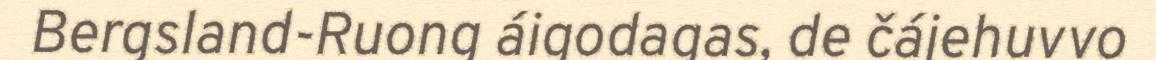
Bergsland-Ruong áigodagas, de čájehuvvo